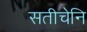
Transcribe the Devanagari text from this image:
सतीचेनि